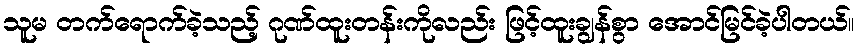
သူမ တက်ရောက်ခဲ့သည့် ဂုဏ်ထူးတန်းကိုလည်း ဖြင့်ထူးချွန်စွာ အောင်မြင်ခဲ့ပါတယ်။